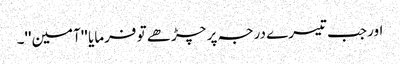
اور جب تیسرے درجہ پر چڑھے تو فرمایا ''آمین''۔